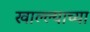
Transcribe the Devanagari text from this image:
खाल्ल्याच्या